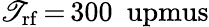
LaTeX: \mathscr{T}_{\mathrm{{rf}}}\, {=}\, 300~\mathrm{{\ upmus}}